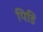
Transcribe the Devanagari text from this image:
पिडि